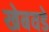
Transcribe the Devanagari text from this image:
खेबवडे